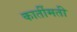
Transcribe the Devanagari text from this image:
कार्तीमती